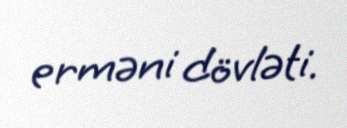
erməni dövləti.